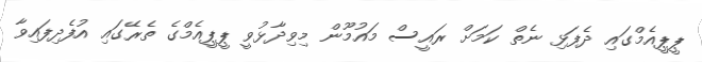
ޕީޕީއެމްގައި ދެފަޅި ނެތް ކަމަށް ރައީސް މައުމޫން މިވިދާޅުވީ ޕީޕީއެމްގެ ތެރޭގައި އުފެދިފައިވާ